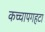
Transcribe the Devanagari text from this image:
कच्चापगहटा